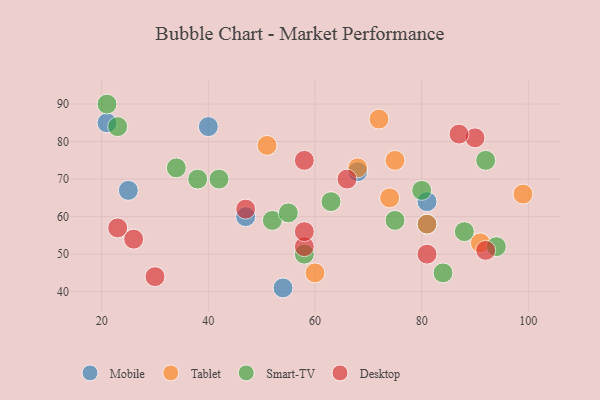
{"axis": {"x": "GDP", "y": "Life Expectancy"}, "legend": ["Desktop", "Mobile", "Smart-TV", "Tablet"], "data": [{"x": "25", "y": 67, "type": "Mobile"}, {"x": "47", "y": 60, "type": "Mobile"}, {"x": "81", "y": 58, "type": "Mobile"}, {"x": "68", "y": 72, "type": "Mobile"}, {"x": "21", "y": 85, "type": "Mobile"}, {"x": "40", "y": 84, "type": "Mobile"}, {"x": "54", "y": 41, "type": "Mobile"}, {"x": "81", "y": 64, "type": "Mobile"}, {"x": "75", "y": 75, "type": "Tablet"}, {"x": "68", "y": 73, "type": "Tablet"}, {"x": "51", "y": 79, "type": "Tablet"}, {"x": "81", "y": 58, "type": "Tablet"}, {"x": "91", "y": 53, "type": "Tablet"}, {"x": "74", "y": 65, "type": "Tablet"}, {"x": "72", "y": 86, "type": "Tablet"}, {"x": "60", "y": 45, "type": "Tablet"}, {"x": "99", "y": 66, "type": "Tablet"}, {"x": "52", "y": 59, "type": "Smart-TV"}, {"x": "84", "y": 45, "type": "Smart-TV"}, {"x": "92", "y": 75, "type": "Smart-TV"}, {"x": "34", "y": 73, "type": "Smart-TV"}, {"x": "21", "y": 90, "type": "Smart-TV"}, {"x": "88", "y": 56, "type": "Smart-TV"}, {"x": "38", "y": 70, "type": "Smart-TV"}, {"x": "23", "y": 84, "type": "Smart-TV"}, {"x": "75", "y": 59, "type": "Smart-TV"}, {"x": "55", "y": 61, "type": "Smart-TV"}, {"x": "58", "y": 50, "type": "Smart-TV"}, {"x": "42", "y": 70, "type": "Smart-TV"}, {"x": "80", "y": 67, "type": "Smart-TV"}, {"x": "94", "y": 52, "type": "Smart-TV"}, {"x": "63", "y": 64, "type": "Smart-TV"}, {"x": "23", "y": 57, "type": "Desktop"}, {"x": "30", "y": 44, "type": "Desktop"}, {"x": "47", "y": 62, "type": "Desktop"}, {"x": "58", "y": 52, "type": "Desktop"}, {"x": "26", "y": 54, "type": "Desktop"}, {"x": "90", "y": 81, "type": "Desktop"}, {"x": "92", "y": 51, "type": "Desktop"}, {"x": "58", "y": 75, "type": "Desktop"}, {"x": "87", "y": 82, "type": "Desktop"}, {"x": "81", "y": 50, "type": "Desktop"}, {"x": "58", "y": 56, "type": "Desktop"}, {"x": "66", "y": 70, "type": "Desktop"}]}